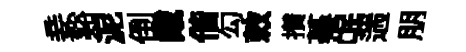
妾谿泥倒戴偕勾敕攅蕚氓遄朋